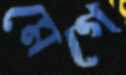
মেগে